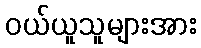
ဝယ်ယူသူများအား